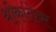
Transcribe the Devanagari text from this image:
श्रीकांतेश्वर